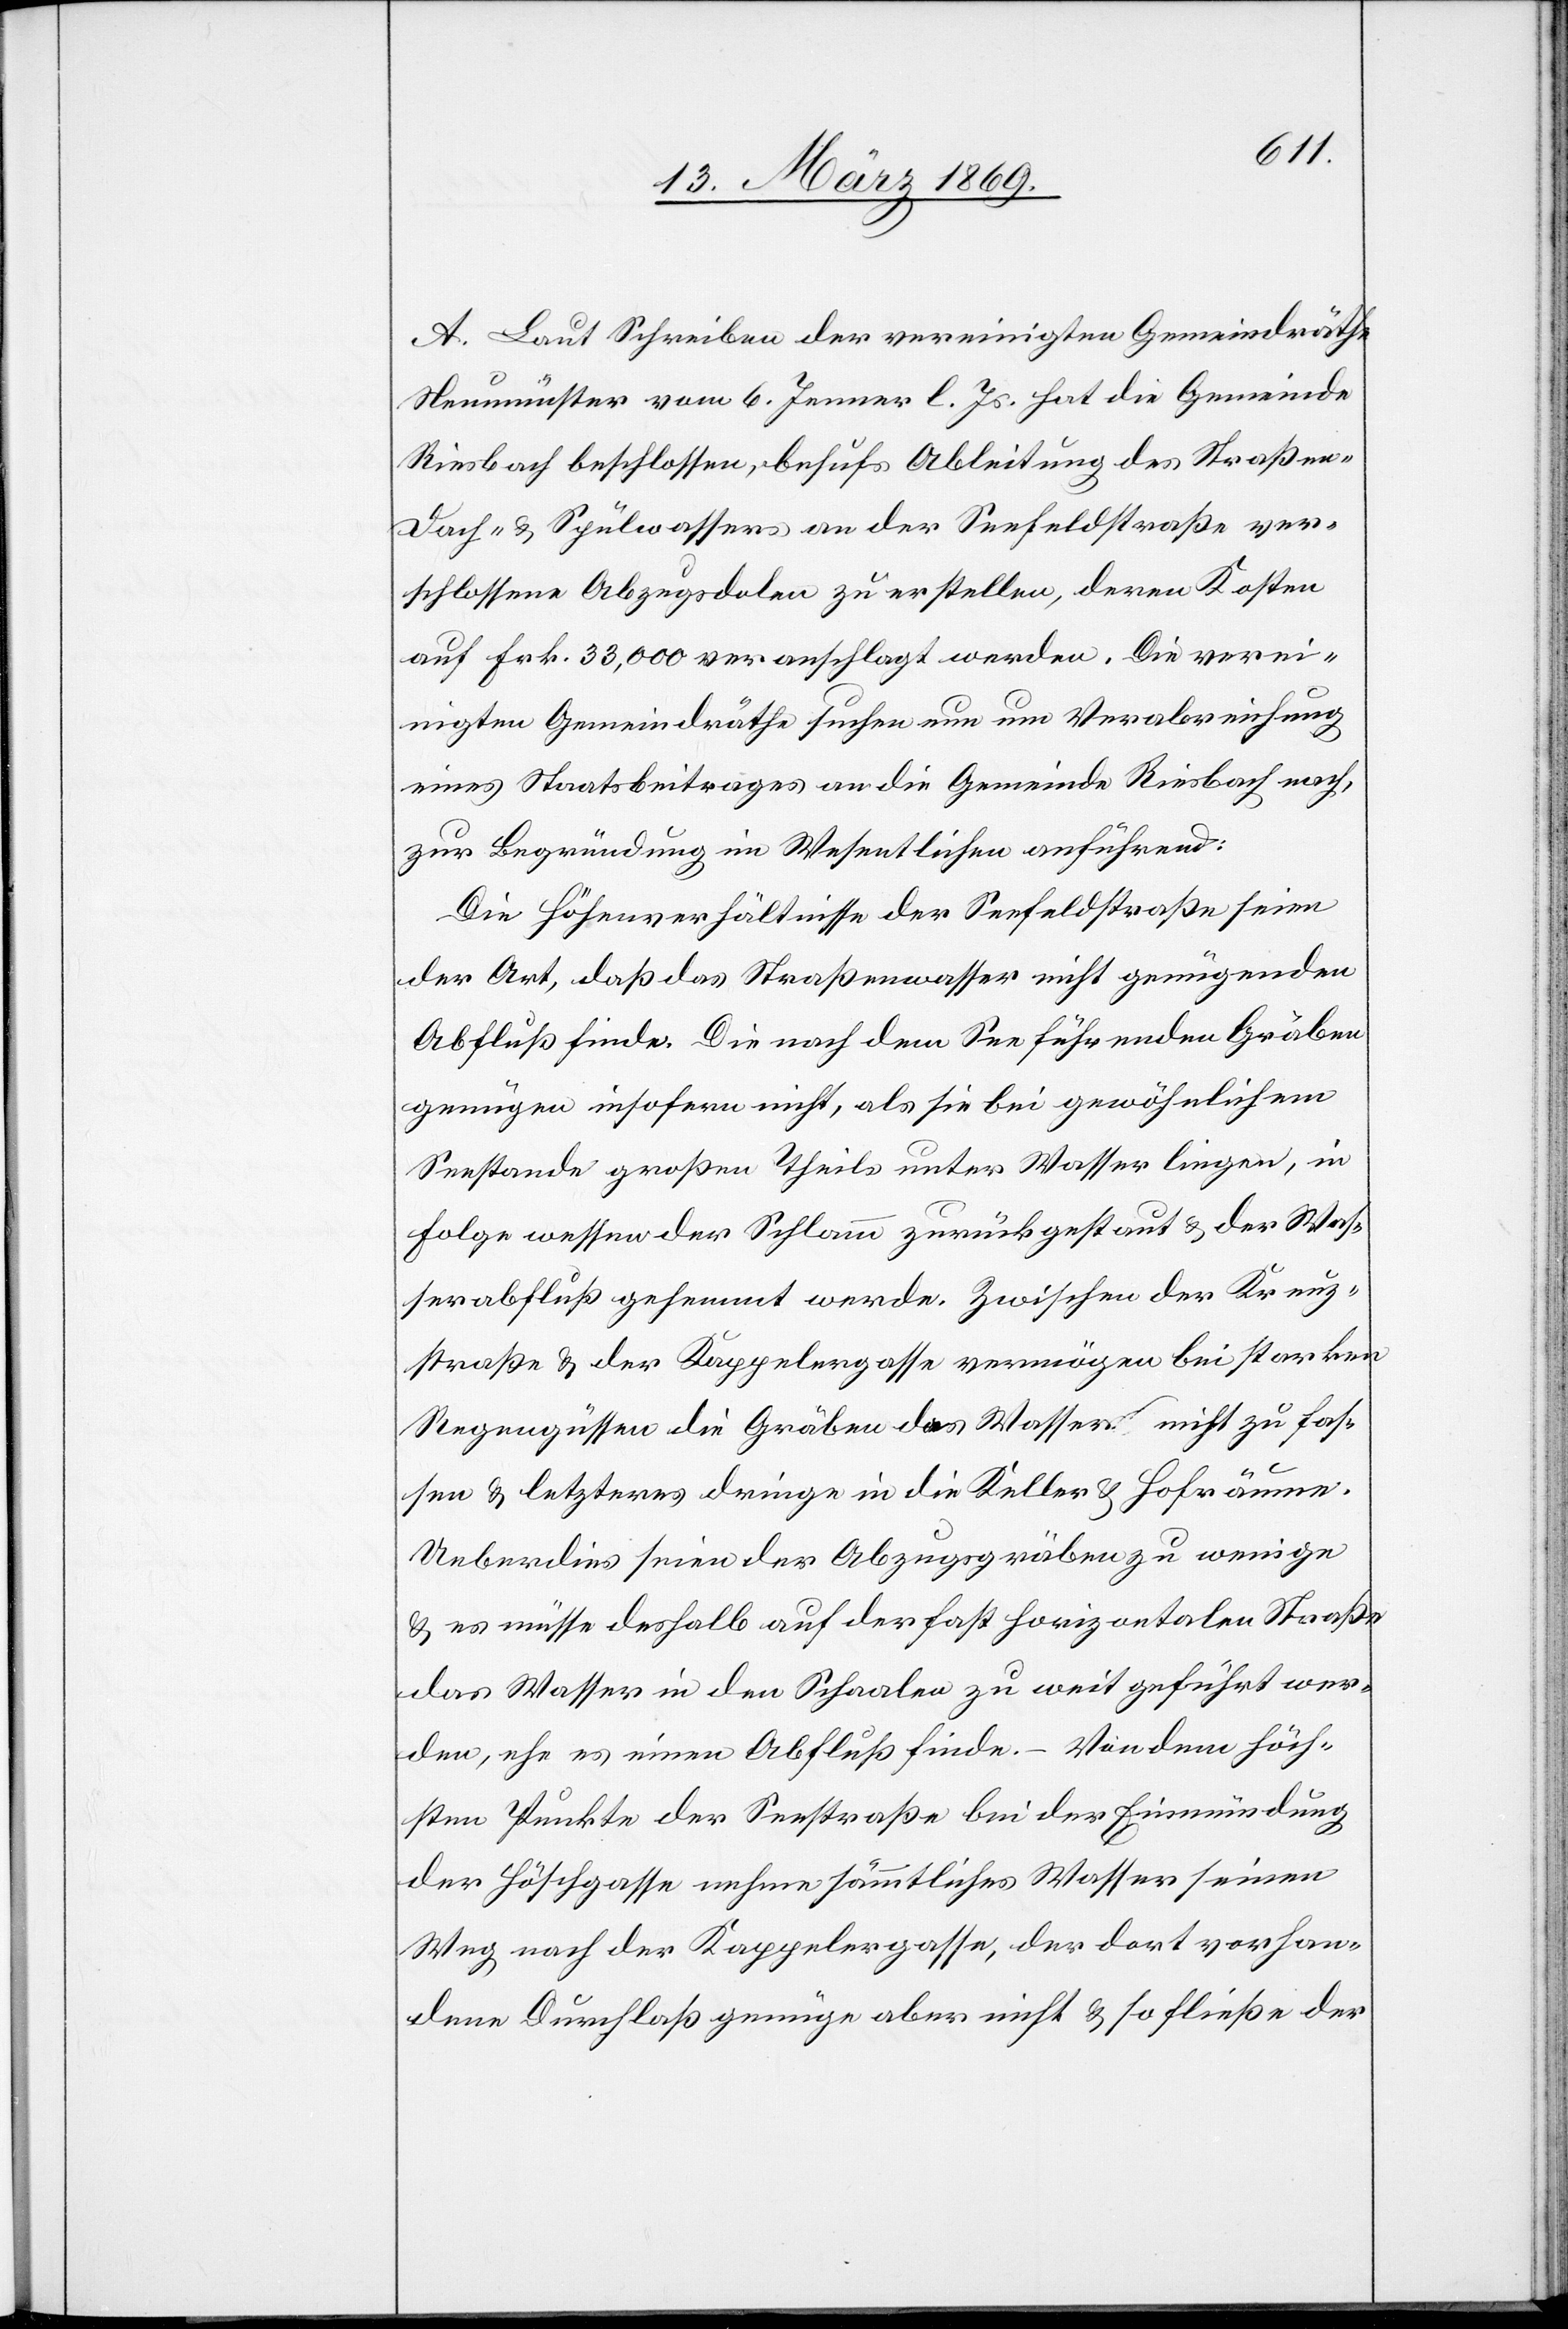
A. Laut Schreiben der vereinigten Gemeindräthe
Neumünster vom 6. Jenner l. Js. hat die Gemeinde
Riesbach beschlossen, behufs Ableitung des Straßen¬
dach- & Spülwassers an der Seefeldstraße ver¬
schlossene Abzugsdolen zu erstellen, deren Kosten
auf Frk. 33,000 veranschlagt werden. Die verei¬
nigten Gemeindräthe suchen nun um Verabreichung
eines Staatsbeitrages an die Gemeinde Riesbach nach,
zur Begründung im Wesentlichen anführend:
Die Höhenverhältnisse der Seefeldstraße seien
der Art, daß das Straßenwasser nicht genügenden
Abfluß finde. Die nach dem See führenden Gräben
genügen insofern nicht, als sie bei gewöhnlichem
Seestande großen Theils unter Wasser liegen, in
Folge wessen der Schlamm zurückgestaut & der Was¬
serabfluß gehemmt werde. Zwischen der Kreuz¬
straße & der Kappelergasse vermögen bei starken
Regengüssen die Gräben das Wasser nicht zu fas¬
sen & letzteres dringe in die Keller & Hofräume.
Ueberdies seien der Abzugsgräben zu wenige
& es müsse deshalb auf der fast horizontalen Straße
das Wasser in den Schaalen zu weit geführt wer¬
den, ehe es einen Abfluß finde. – Von dem höch¬
sten Punkte der Seestraße bei der Einmündung
der Höschgasse nehme sämmtliches Wasser seinen
Weg nach der Kappelergasse, der dort vorhan¬
dene Durchlaß genüge aber nicht & so schließe der